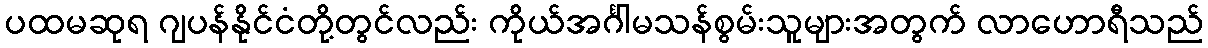
ပထမဆုရ ဂျပန်နိုင်ငံတို့တွင်လည်း ကိုယ်အင်္ဂါမသန်စွမ်းသူများအတွက် လာဟောရီသည်